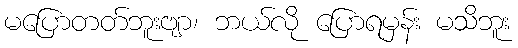
မပြောတတ်ဘူးဗျာ၊ ဘယ်လို ပြောရမှန်း မသိဘူး